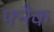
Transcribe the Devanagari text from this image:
फ्नैक